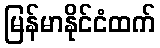
မြန်မာနိုင်ငံထက်